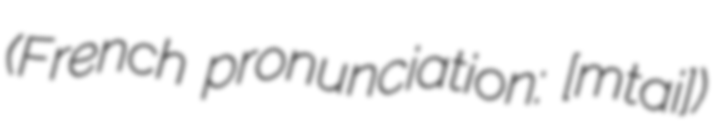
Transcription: (French pronunciation: ​[mɔ̃taɲi])